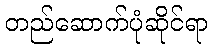
တည်ဆောက်ပုံဆိုင်ရာ